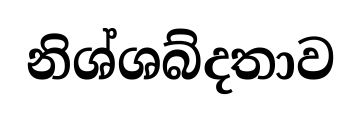
නිශ්ශබ්දතාව